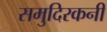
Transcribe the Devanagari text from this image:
समुदिरकनी